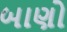
બાણો